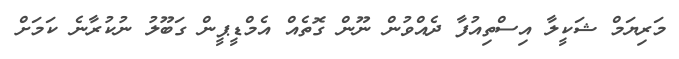
މަރިޔަމް ޝަކީލާ އިސްތިއުފާ ދެއްވުން ނޫން ގޮތެއް އެމްޑީޕީން ގަބޫލު ނުކުރާނެ ކަމަށް